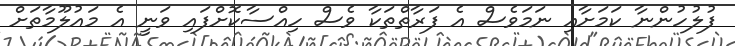
ފުލުހުންނާ ކަމަށާއި ނަމަވެސް އެ ފަރާތްތަކާ ވެސް ހިއްސާކޮށްފައި ވަނީ އެ މައުލޫމާތަށް